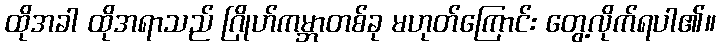
ထိုအခါ ထိုအရာသည် ဂြိုဟ်ကမ္ဘာတစ်ခု မဟုတ်ကြောင်း တွေ့လိုက်ရပါ၏။